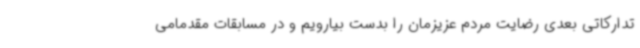
تدارکاتی بعدی رضایت مردم عزیزمان را بدست بیارویم و در مسابقات مقدمامی